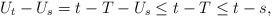
LaTeX: \begin{align*}U_t - U_s &= t-T - U_s \le t-T\le t-s,\end{align*}